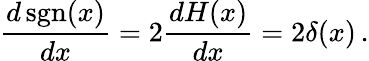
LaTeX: {\frac{d\operatorname{sgn}(x)}{dx}}=2{\frac{dH(x)}{dx}}=2\delta(x)\, .